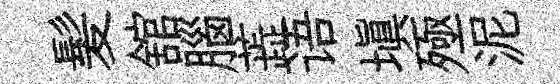
髪舘腦蕋语填殛泥